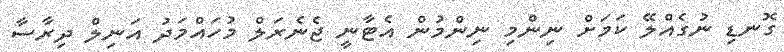
ގޮނޑި ނުގެއްލޭ ކަަމަށް ނިންމި ނިންމުން އެޓާނީ ޖެނެރަލް މުހައްމަދު އަނިލް ދިރާސާ